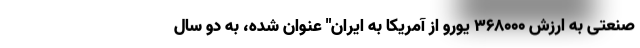
صنعتی به ارزش ۳۶۸۰۰۰ یورو از آمریکا به ایران" عنوان شده، به دو سال